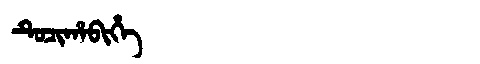
Manchu: ᡨᡠᠴᡳᡥᠠᠪᡳᡥᡝ
Romanization: TUCIHABIHE